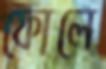
ফোলে